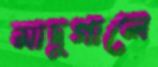
মাদুগালে